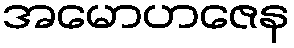
အမောဟဇေန